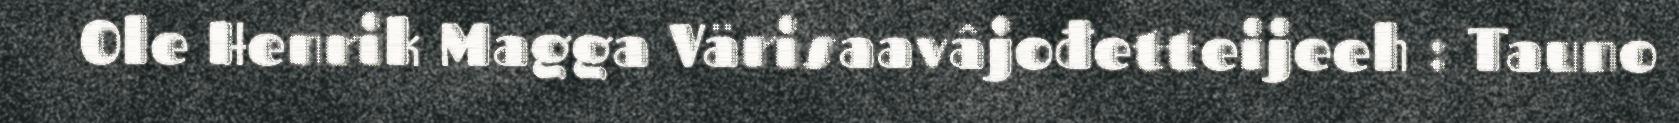
Ole Henrik Magga Värisaavâjođetteijeeh : Tauno